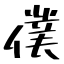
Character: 僕